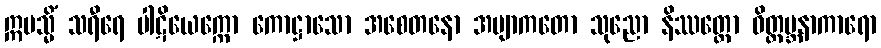
ဣမသ္မိံ သရီရေ ပါဋိယေက္ကော ကောဋ္ဌာသော အစေတနော အဗျာကတော သုညော နိဿတ္တော ဝိတ္ထမ္ဘနာကာရော